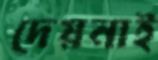
দেয়নাই